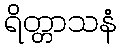
ရိတ္တာသနံ